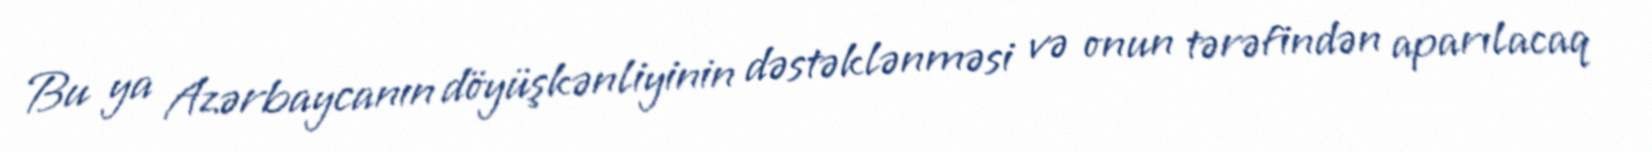
Bu ya Azərbaycanın döyüşkənliyinin dəstəklənməsi və onun tərəfindən aparılacaq